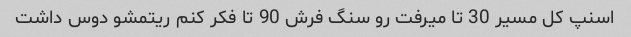
اسنپ کل مسیر 30 تا میرفت رو سنگ فرش 90 تا فکر کنم ریتمشو دوس داشت